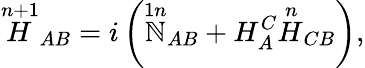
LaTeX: {\stackrel{n+1}{H}}_{AB}=i\left({\stackrel{1n}{\mathbb{N}}}_{AB}+H_{A}^{C}{\stackrel{n}{H}}_{CB}\right),